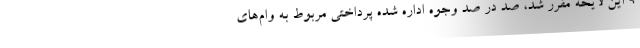
۹ این لایحه مقرر شد، صد در صد وجوه اداره شده پرداختی مربوط به وام‌های